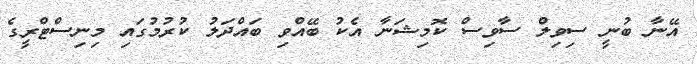
އޭނާ ބުނީ ސިވިލް ސާވިސް ކޮމިޝަނާ އެކު ބޭއްވި ބައްދަލު ކުރުމުގައި މިނިސްޓްރީގެ